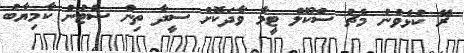
ރޭ ކުޅެވުނު މެޗު ސްކޫލް ޓީމާ ވާދަކޮށް ސީދާ ތިން ސެޓުން ކާމިޔާބު